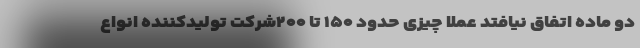
دو ماده اتفاق نیافتد عملا چیزی حدود ۱۵۰ تا ۲۰۰شرکت تولیدکننده انواع